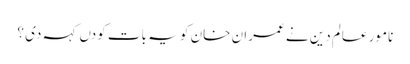
نامور عالم دین نے عمران خان کو یہ بات کودں کہہ دی ؟